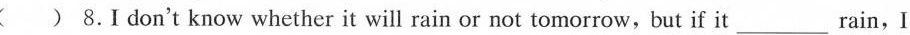
( ) 8.I don't know whether it will rain or not tomorrow, but if it___rain, I